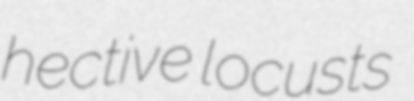
hective locusts